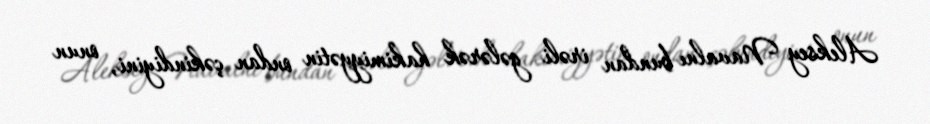
Aleksey Navalnı bundan irəli gələrək hakimiyyətin ondan çəkindiyini, onun